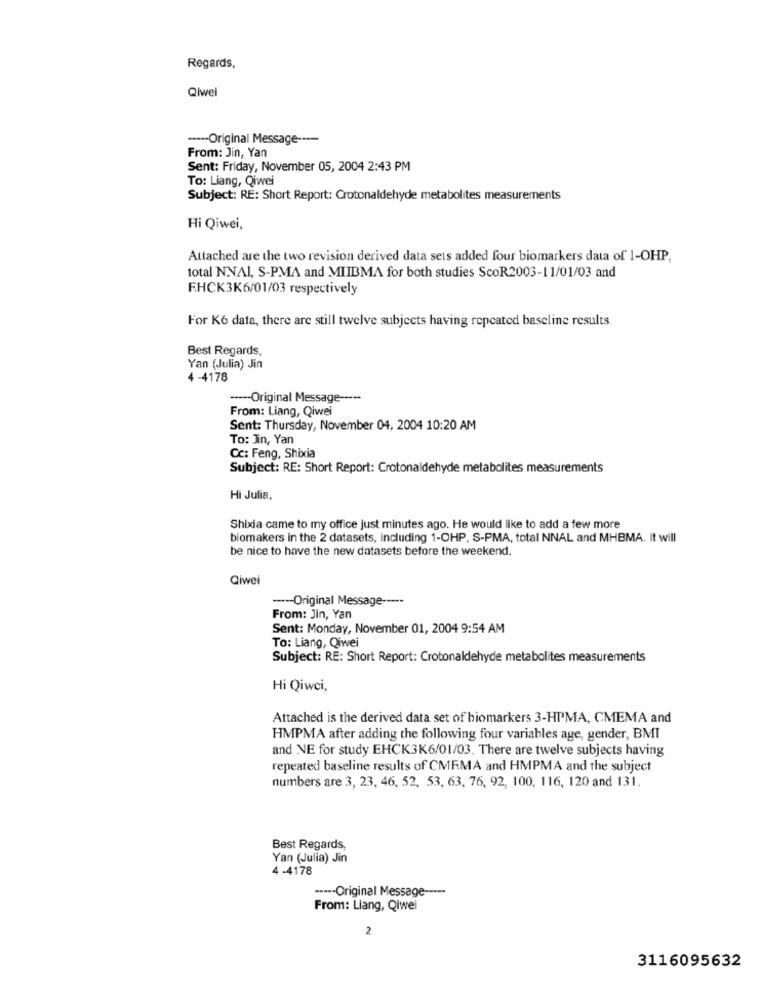
Regards,
Qiwei
----- Original Message ----
From: Jin, Yan
Sent: Friday, November 05, 2004 2:43 PM
To: Liang, Qiwei
Subject: RE: Short Report: Crotonaldehyde metabolites measurements
Hi Qiwei,
Attached are the two revision derived data sets added four biomarkers data of 1-OHP,
total NNAI, S-PMA and MIIBMA for both studies ScoR2003-11/01/03 and
F.HCK3K6/01/03 respectively
For K6 data, there are still twelve subjects having repeated baseline results.
Best Regards,
Yan (Julia) Jin
4 -4178
----- Original Message -----
From: Liang, Qiwei
Sent: Thursday, November 04, 2004 10:20 AM
To: Jin, Yan
Cc: Feng, Shixia
Subject: RE: Short Report: Crotonaldehyde metabolites measurements
Hi Julia,
Shixia came to my office just minutes ago. He would like to add a few more
biomakers in the 2 datasets, including 1-OHP. S-PMA, total NNAL and MHBMA. It will
be nice to have the new datasets before the weekend.
Qiwei
----- Original Message -----
From: Jin, Yan
Sent: Monday, November 01, 2004 9:54 AM
To: Liang, Qiwei
Subject: RE: Short Report: Crotonaldehyde metabolites measurements
Hi Qiwci,
Attached is the derived data set of biomarkers 3-HPMA, CMEMA and
HMPMA after adding the following four variables age, gender, BMI
and NE for study EHCK3K6/01/03. There are twelve subjects having
repeated baseline results of CMRMA and HMPMA and the subject
numbers are 3, 23, 46, 52, 53, 63, 76, 92, 100, 116, 120 and 131.
Best Regards,
Yan (Julia) Jin
4 -4178
----- Original Message -----
From: Llang, Qiwei
2
3116095632